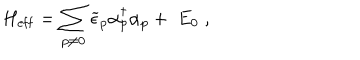
H _ { \mathrm { e f f } } = \sum _ { p \neq 0 } \widetilde { \epsilon } _ { p } \alpha _ { p } ^ { \dagger } \alpha _ { p } + \; E _ { 0 } \; ,